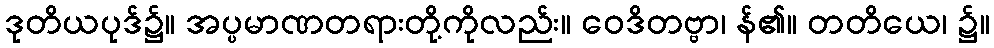
ဒုတိယပုဒ်၌။ အပ္ပမာဏတရားတို့ကိုလည်း။ ဝေဒိတဗ္ဗာ၊ န်၏။ တတိယေ၊ ၌။